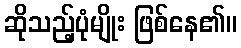
ဆိုသည့်ပုံမျိုး ဖြစ်နေ၏။